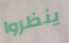
ينظروا